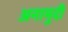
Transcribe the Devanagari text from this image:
अनामुदी